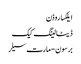
ایلکسا روڈن
ڈیٹا لینگ کیک
برسون-مارت سیلر